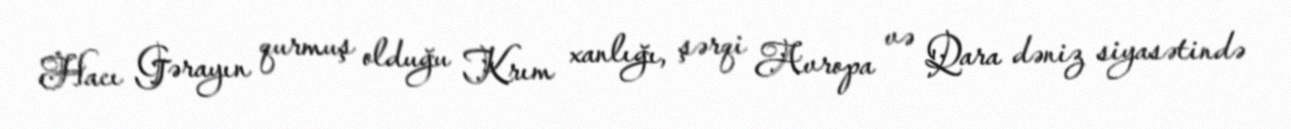
Hacı Gərayın qurmuş olduğu Krım xanlığı, şərqi Avropa və Qara dəniz siyasətində